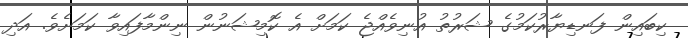
ކިބައިން ފަނޑިޔާރުކަމުގެ ޝަރުތު އުނިވެއްޖެ ކަމަށް އެ ކޮމިޝަނުން ނިންމާފައިވާ ކަމަށެވެ. އަދި